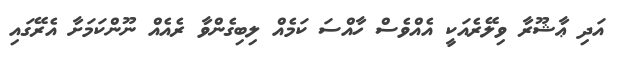
އަދި ޢާޝޫރާ ވިލޭރެއަކީ އެއްވެސް ހާއްސަ ކަމެއް ލިބިގެންވާ ރެއެއް ނޫންކަމަށާ އެރޭގައި